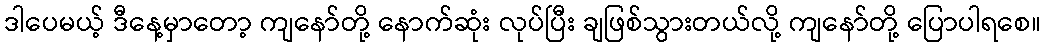
ဒါပေမယ့် ဒီနေ့မှာတော့ ကျနော်တို့ နောက်ဆုံး လုပ်ပြီး ချဖြစ်သွားတယ်လို့ ကျနော်တို့ ပြောပါရစေ။